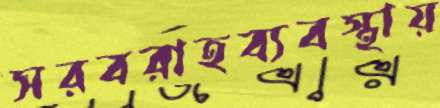
সরবরাহব্যবস্থায়